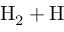
\mathrm { H } _ { 2 } + \mathrm { H }